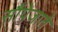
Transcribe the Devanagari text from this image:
सौंपेजाते